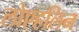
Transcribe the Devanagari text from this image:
लोएहलिन